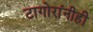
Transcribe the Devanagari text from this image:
टागोरांनीही